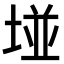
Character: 𡌶